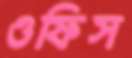
ওফিস